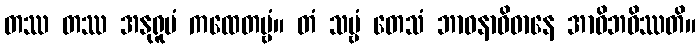
တဿ တဿ အနုရူပံ ကထေတဗ္ဗံ။ တံ သဗ္ဗံ တေသံ ဘာဝနာဝိဓာနေ အာဝိဘဝိဿတိ။